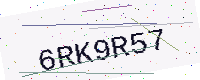
Text: 6RK9R57